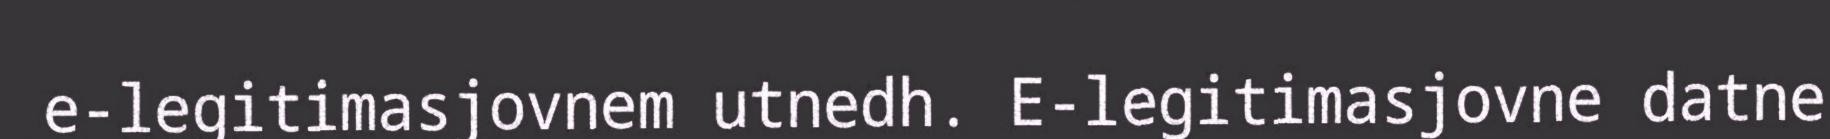
e-legitimasjovnem utnedh. E-legitimasjovne datne